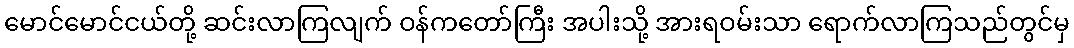
မောင်မောင်ငယ်တို့ ဆင်းလာကြလျက် ဝန်ကတော်ကြီး အပါးသို့ အားရဝမ်းသာ ရောက်လာကြသည်တွင်မှ